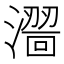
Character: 𣿠